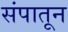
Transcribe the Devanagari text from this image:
संपातून